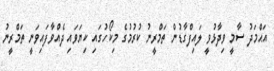
އަޙްމަދު ސާމީ ވިދާޅުވީ ލައިފްގާޑުން ތަމްރީނު ކުރުމުގެ މިކޯހުގައި ކިޔަވައި ދެއްވާފައިވަނީ ތަމްރީނު